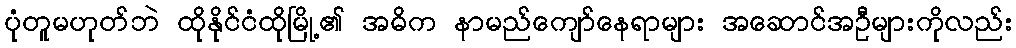
ပုံတူမဟုတ်ဘဲ ထိုနိုင်ငံထိုမြို့၏ အဓိက နာမည်ကျော်နေရာများ အဆောင်အဦများကိုလည်း